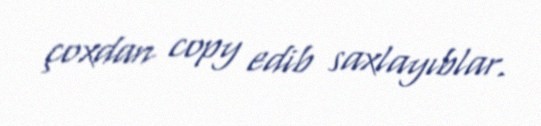
çoxdan copy edib saxlayıblar.